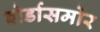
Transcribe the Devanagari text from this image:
बोर्डासमोर